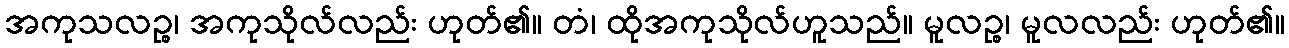
အကုသလဉ္စ၊ အကုသိုလ်လည်း ဟုတ်၏။ တံ၊ ထိုအကုသိုလ်ဟူသည်။ မူလဉ္စ၊ မူလလည်း ဟုတ်၏။